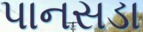
પાનસડા